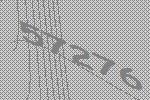
57276